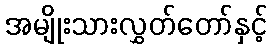
အမျိုးသားလွှတ်တော်နှင့်